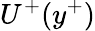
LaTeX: U^{+}(y^{+})